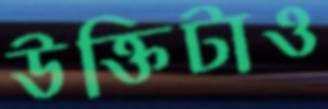
উক্তিটাও